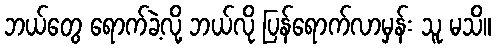
ဘယ်တွေ ရောက်ခဲ့လို့ ဘယ်လို ပြန်ရောက်လာမှန်း သူ မသိ။